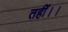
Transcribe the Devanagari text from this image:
तहीं।।